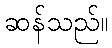
ဆန်သည်။